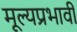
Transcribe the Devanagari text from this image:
मूल्यप्रभावी